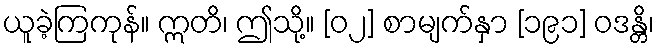
ယူခဲ့ကြကုန်။ ဣတိ၊ ဤသို့။ [၀၂] စာမျက်နှာ [၁၉၁] ဝဒန္တိ၊